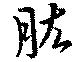
肱